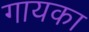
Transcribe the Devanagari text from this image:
गायका